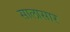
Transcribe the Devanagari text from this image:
सालासार